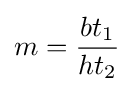
m={\frac {bt_{1}}{ht_{2}}}